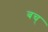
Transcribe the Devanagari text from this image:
बच्